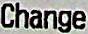
CHANGE